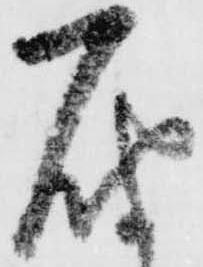
届